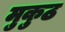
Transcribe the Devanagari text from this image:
मुकुठ